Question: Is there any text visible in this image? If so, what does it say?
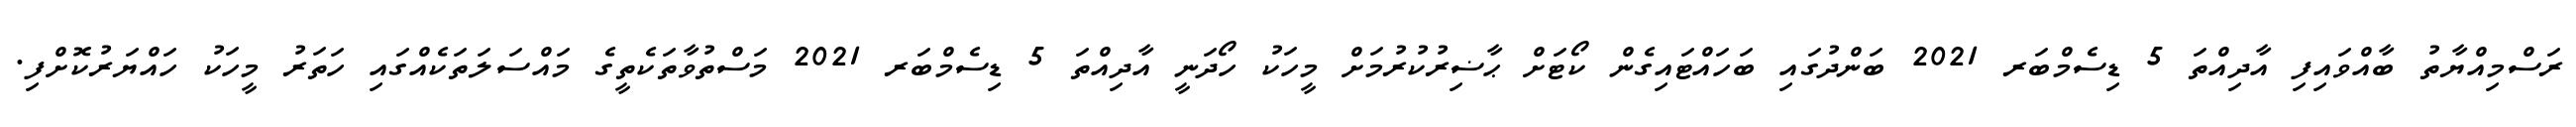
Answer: ރަސްމިއްޔާތު ބާއްވައިފި އާދިއްތަ 5 ޑިސެމްބަރ 2021 ބަންދުގައި ބަހައްޓައިގެން ކޯޓަށް ޙާޟިރުކުރުމަށް މީހަކު ހޯދަނީ އާދިއްތަ 5 ޑިސެމްބަރ 2021 މަސްތުވާތަކެތީގެ މައްސަލަތަކެއްގައި ހަތަރު މީހަކު ހައްޔަރުކޮށްފި.